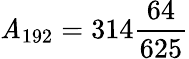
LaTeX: {}\mathit{A}_{192}=314{\frac{{64}}{{625}}}